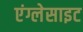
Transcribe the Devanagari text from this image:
एंग्लेसाइट